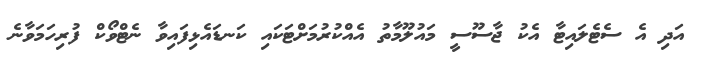
އަދި އެ ސެޓެލައިޓާ އެކު ޖާސޫސީ މައުލޫމާތު އެއްކުރުމަށްޓަކައި ކަނޑައެޅިފައިވާ ނެޓްވޯކް ފުރިހަމަވާނެ